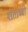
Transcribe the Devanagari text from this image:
शताब्बी